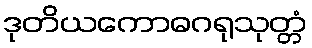
ဒုတိယကောဓဂရုသုတ္တံ